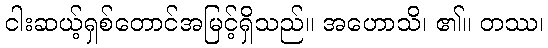
ငါးဆယ့်ရှစ်တောင်အမြင့်ရှိသည်။ အဟောသိ၊ ၏။ တဿ၊